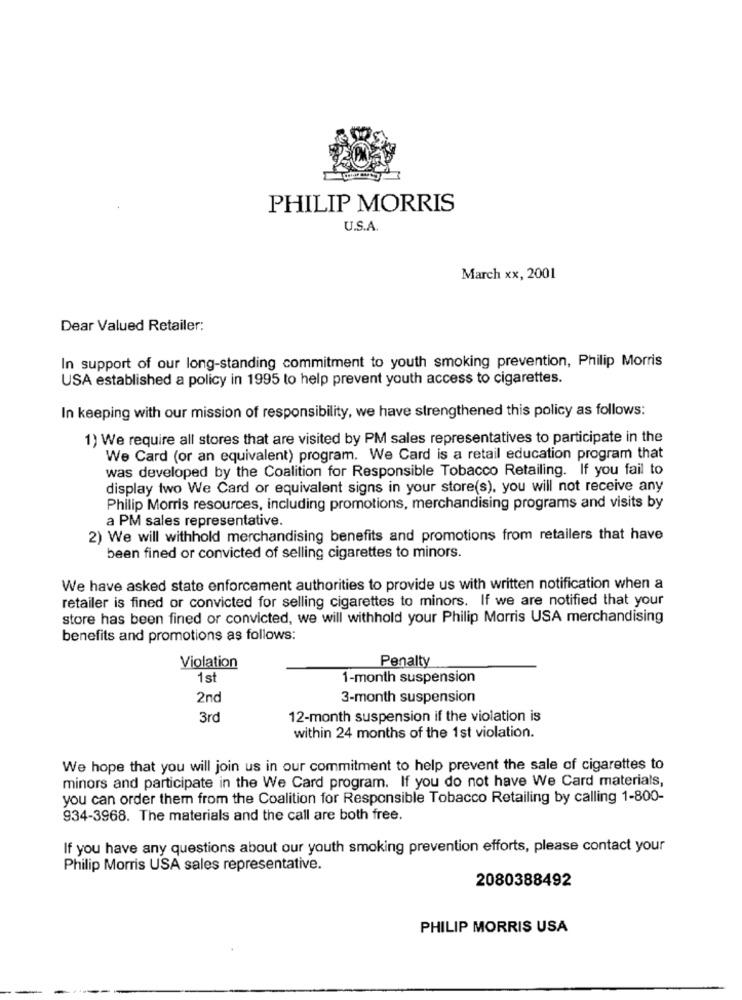
PHILIP MORRIS
U.S.A.
March xx, 2001
Dear Valued Retailer:
In support of our long-standing commitment to youth smoking prevention, Philip Morris
USA established a policy in 1995 to help prevent youth access to cigarettes.
In keeping with our mission of responsibility, we have strengthened this policy as follows:
1) We require all stores that are visited by PM sales representatives to participate in the
We Card (or an equivalent) program. We Card is a retail education program that
was developed by the Coalition for Responsible Tobacco Retailing. If you fail to
display two We Card or equivalent signs in your store(s), you will not receive any
Philip Morris resources, including promotions, merchandising programs and visits by
a PM sales representative.
2) We will withhold merchandising benefits and promotions from retailers that have
been fined or convicted of selling cigarettes to minors.
We have asked state enforcement authorities to provide us with written notification when a
retailer is fined or convicted for selling cigarettes to minors. If we are notified that your
store has been fined or convicted, we will withhold your Philip Morris USA merchandising
benefits and promotions as follows:
Penalty
Violation
1st
1-month suspension
2nd
3-month suspension
3rd
12-month suspension if the violation is
within 24 months of the 1st violation.
We hope that you will join us in our commitment to help prevent the sale of cigarettes to
minors and participate in the We Card program. If you do not have We Card materials,
you can order them from the Coalition for Responsible Tobacco Retailing by calling 1-800-
934-3968. The materials and the call are both free.
If you have any questions about our youth smoking prevention efforts, please contact your
Philip Morris USA sales representative.
2080388492
PHILIP MORRIS USA